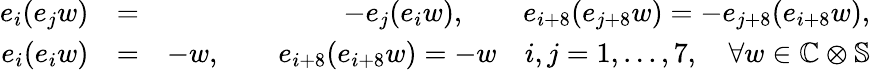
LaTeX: \begin{array}{rlr}{e_{i}(e_{j}w)}&{=}&{-e_{j}(e_{i}w),\qquad e_{i+8}(e_{j+8}w)=-e_{j+8}(e_{i+8}w),}\\ {e_{i}(e_{i}w)}&{=}&{-w,\qquad e_{i+8}(e_{i+8}w)=-w\quad i,j=1,...,7,\quad\forall w\in\mathbb{C}\otimes\mathbb{S}}\end{array}